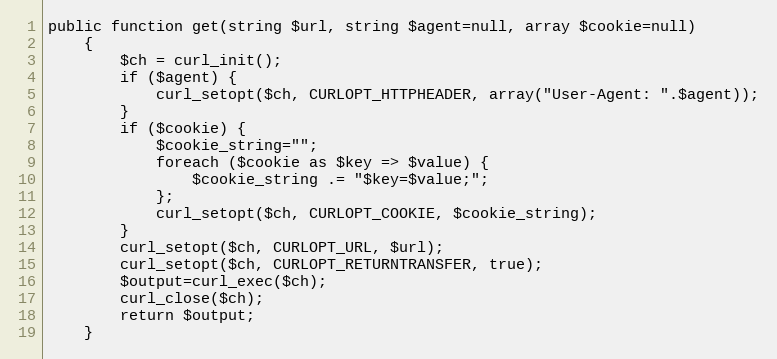
Language: PHP
public function get(string $url, string $agent=null, array $cookie=null)
    {
        $ch = curl_init();
        if ($agent) {
            curl_setopt($ch, CURLOPT_HTTPHEADER, array("User-Agent: ".$agent));
        }
        if ($cookie) {
            $cookie_string="";
            foreach ($cookie as $key => $value) {
                $cookie_string .= "$key=$value;";
            };
            curl_setopt($ch, CURLOPT_COOKIE, $cookie_string);
        }
        curl_setopt($ch, CURLOPT_URL, $url);
        curl_setopt($ch, CURLOPT_RETURNTRANSFER, true);
        $output=curl_exec($ch);
        curl_close($ch);
        return $output;
    }